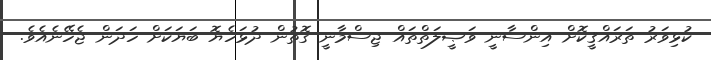
ކުޅިވަރު ތަރައްޤީކޮށް އިންސާނީ ވަޞީލަތްތައް ޖިސްމާނީ ގޮތުން ދުޅަހެޔޮ ބަޔަކަށް ހަދަން ޖެހޭނެއެވެ.